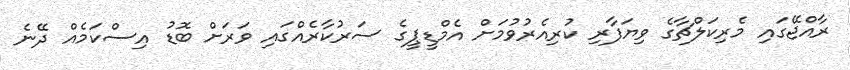
ރާއްޖޭގައި މެރިކަލްޗާގެ ވިޔަފާރި ކުރިއެރުވުމަށް އެމްޑީޕީގެ ސަރުކާރެއްގައި ވަރަށް ބޮޑު އިސްކަމެއް ދޭނެ